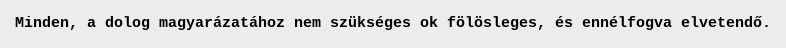
Minden, a dolog magyarázatához nem szükséges ok fölösleges, és ennélfogva elvetendő.